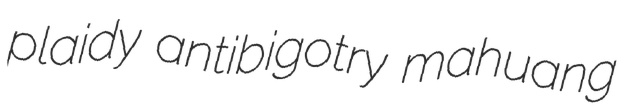
plaidy antibigotry mahuang